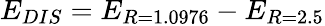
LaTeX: E_{DIS}=E_{R=1.0976}-E_{R=2.5}